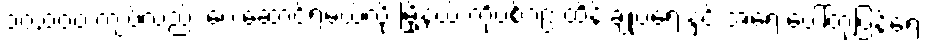
၁၀,၀၀၀ ကျပ်လည်း ပေးဆောင်ရမယ်လို့ မြို့နယ် ကိုဗစ်၁၉ ထိန်းချုပ်ရေးနှင့် အရေးပေါ်တုံ့ပြန်ရေး